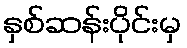
နှစ်ဆန်းပိုင်းမှ